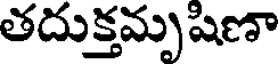
తదుక్తమృషిణా